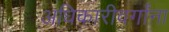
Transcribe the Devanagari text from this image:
अधिकारीवर्गांना